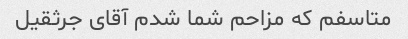
متاسفم که مزاحم شما شدم آقای جرثقیل